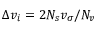
\Delta { } v _ { i } = 2 N _ { s } v _ { \sigma } / N _ { v }